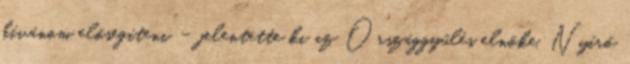
kívánom elősegíteni” – jelentette ki az Országgyűlés elnöke. Nyírő